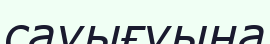
сауығуына